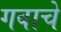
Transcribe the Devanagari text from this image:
गवाचे